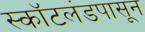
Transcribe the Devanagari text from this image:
स्कॉटलंडपासून